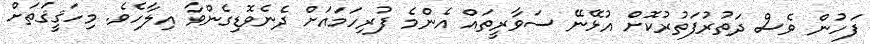
ފަހުން ވެސް ދަތުރުފަތުރުކޮށް އުޅޭނޭ ސަވާރީތައް އެންމެ ފުރިހަމައަށް ދެނެވޮޑިގެންވާ އިލާހެވެ. މިހަޤީޤަތަށް